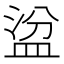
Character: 𥁳